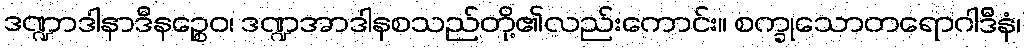
ဒဏ္ဍာဒါနာဒီနဉ္စေဝ၊ ဒဏ္ဍအာဒါနစသည်တို့၏လည်းကောင်း။ စက္ခုသောတရောဂါဒီနံ၊